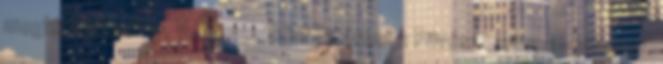
meghirdetésekor. V. Nemzetközi Gitárest a Füvészkertben – július 12.